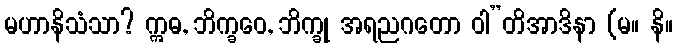
မဟာနိသံသာ? ဣဓ, ဘိက္ခဝေ, ဘိက္ခု အရညဂတော ဝါ”တိအာဒိနာ (မ။ နိ။